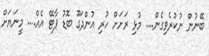
ބޭނުން ނުކުރެވިގެން.... މުޅި ރަށަށް ހުރި އުންދަގޫ ބޮޑު ޕާޓޭ އެއް.... މީނަޔަށް